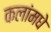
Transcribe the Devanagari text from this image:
कलांमधे